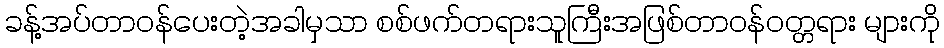
ခန့်အပ်တာဝန်ပေးတဲ့အခါမှသာ စစ်ဖက်တရားသူကြီးအဖြစ်တာဝန်ဝတ္တရား များကို